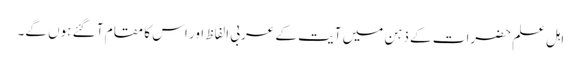
اہل علم حضرات کے ذہن میں آیت کے عربی الفاظ اور اس کا مقام آ گئے ہوں گے۔